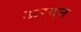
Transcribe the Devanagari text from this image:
अरदन